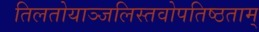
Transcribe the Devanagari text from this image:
तिलतोयाञ्जलिस्तवोपतिष्ठताम्